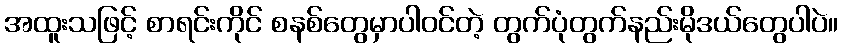
အထူးသဖြင့် စာရင်းကိုင် စနစ်တွေမှာပါဝင်တဲ့ တွက်ပုံတွက်နည်းမိုဒယ်တွေပါပဲ။